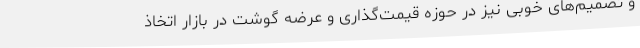
و تصمیم‌های خوبی نیز در حوزه قیمت‌گذاری و عرضه گوشت در بازار اتخاذ